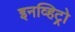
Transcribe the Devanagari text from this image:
इनव्हिट्रो